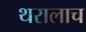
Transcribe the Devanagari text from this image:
थरालाच